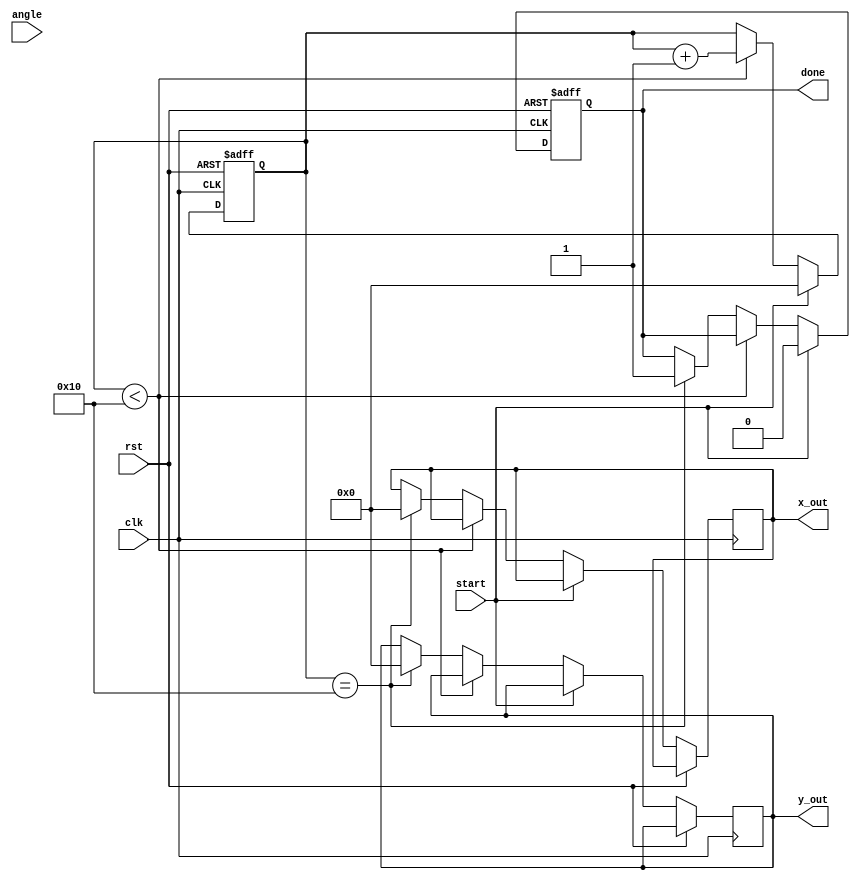
module cordic #(
    parameter N = 16,                     // Number of iterations
    parameter WIDTH = 16,                 // Bit width for fixed-point representation
    parameter ANGLE_LUT_WIDTH = 16,       // Bit width for angle LUT
    parameter SCALE_LUT_WIDTH = 16         // Bit width for scale factor LUT
)(
    input wire clk,
    input wire rst,
    input wire [WIDTH-1:0] angle,         // Input angle (in fixed-point format)
    input wire start,                      // Start signal
    output reg [WIDTH-1:0] x_out,         // Output x coordinate
    output reg [WIDTH-1:0] y_out,         // Output y coordinate
    output reg done                        // Done signal
);

    // Angle and Scale Factor Lookup Tables
    reg [ANGLE_LUT_WIDTH-1:0] angle_lut [0:N-1];
    reg [SCALE_LUT_WIDTH-1:0] scale_lut [0:N-1];
    
    // Internal registers
    reg [WIDTH-1:0] x, y, x_next, y_next;
    reg [ANGLE_LUT_WIDTH-1:0] angle_i;
    reg [N-1:0] iteration;
    reg [WIDTH-1:0] scale_factor;

    // Initialize the LUTs
    initial begin
        // Populate angle lookup table with precomputed angles (in fixed-point)
        angle_lut[0] = 16'h2000;  // atan(2^0) in fixed-point
        angle_lut[1] = 16'h1000;  // atan(2^-1)
        angle_lut[2] = 16'h0800;  // atan(2^-2)
        angle_lut[3] = 16'h0400;  // atan(2^-3)
        angle_lut[4] = 16'h0200;  // atan(2^-4)
        angle_lut[5] = 16'h0100;  // atan(2^-5)
        angle_lut[6] = 16'h0080;  // atan(2^-6)
        angle_lut[7] = 16'h0040;  // atan(2^-7)
        angle_lut[8] = 16'h0020;  // atan(2^-8)
        angle_lut[9] = 16'h0010;  // atan(2^-9)
        angle_lut[10] = 16'h0008; // atan(2^-10)
        angle_lut[11] = 16'h0004; // atan(2^-11)
        angle_lut[12] = 16'h0002; // atan(2^-12)
        angle_lut[13] = 16'h0001; // atan(2^-13)
        angle_lut[14] = 16'h0000; // atan(2^-14)
        angle_lut[15] = 16'h0000; // atan(2^-15)

        // Populate scale factor lookup table
        scale_lut[0] = 16'h1C71;  // Scale factor for N=0
        scale_lut[1] = 16'h1A3D;  // Scale factor for N=1
        scale_lut[2] = 16'h1715;  // Scale factor for N=2
        scale_lut[3] = 16'h148F;  // Scale factor for N=3
        scale_lut[4] = 16'h1314;  // Scale factor for N=4
        scale_lut[5] = 16'h119A;  // Scale factor for N=5
        scale_lut[6] = 16'h10D2;  // Scale factor for N=6
        scale_lut[7] = 16'h0F9C;  // Scale factor for N=7
        scale_lut[8] = 16'h0E6C;  // Scale factor for N=8
        scale_lut[9] = 16'h0D4C;  // Scale factor for N=9
        scale_lut[10] = 16'h0C3C; // Scale factor for N=10
        scale_lut[11] = 16'h0B3C; // Scale factor for N=11
        scale_lut[12] = 16'h0A4C; // Scale factor for N=12
        scale_lut[13] = 16'h095C; // Scale factor for N=13
        scale_lut[14] = 16'h086C; // Scale factor for N=14
        scale_lut[15] = 16'h078C; // Scale factor for N=15
    end

    // Control Logic
    always @(posedge clk or posedge rst) begin
        if (rst) begin
            x <= 16'h1000; // Initialize x = 1.0
            y <= 16'h0000; // Initialize y = 0.0
            iteration <= 0;
            done <= 0;
        end else if (start) begin
            x <= 16'h1000; // Reset x to 1.0
            y <= 16'h0000; // Reset y to 0.0
            iteration <= 0;
            done <= 0;
        end else if (iteration < N) begin
            // Determine direction
            if (angle < 0) begin
                angle_i <= -angle_lut[iteration];
                x_next <= x + (y >>> iteration);
                y_next <= y - (x >>> iteration);
            end else begin
                angle_i <= angle_lut[iteration];
                x_next <= x - (y >>> iteration);
                y_next <= y + (x >>> iteration);
            end

            // Update x and y
            x <= x_next;
            y <= y_next;
            angle <= angle - angle_i; // Update angle

            // Increment iteration
            iteration <= iteration + 1;
        end else if (iteration == N) begin
            // Apply scale factor after iterations
            x_out <= (x * scale_lut[N-1]) >>> 16; // Scale down
            y_out <= (y * scale_lut[N-1]) >>> 16; // Scale down
            done <= 1; // Indicate completion
        end
    end
endmodule